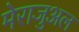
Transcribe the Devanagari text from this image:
मेराजुअल